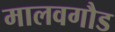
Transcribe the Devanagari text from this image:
मालवगौड